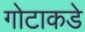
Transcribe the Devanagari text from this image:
गोटाकडे